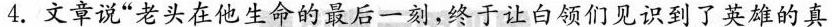
4.文章说”老头在他生命的最后一刻，终于让白领们见识到了英雄的真